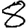
Digit: 8